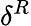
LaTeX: \delta^{R}